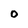
Character: 0